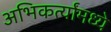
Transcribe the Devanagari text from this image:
अभिकर्त्यांमध्ये